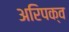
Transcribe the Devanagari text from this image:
अरिपक्व